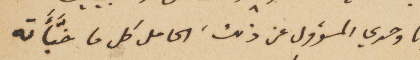
وانا وحدي المسؤول عن ذلك، الحامل كل ما خبَّأَته